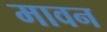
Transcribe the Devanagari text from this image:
मावन